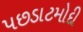
પછડાટમોદી